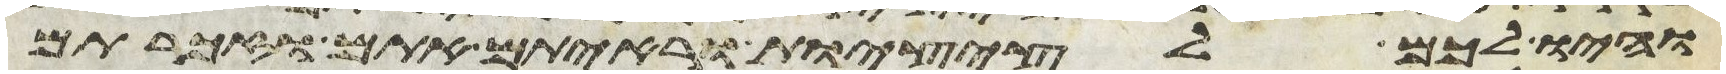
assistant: והיו לכם לציצות וראיתם אתם וזכרתם